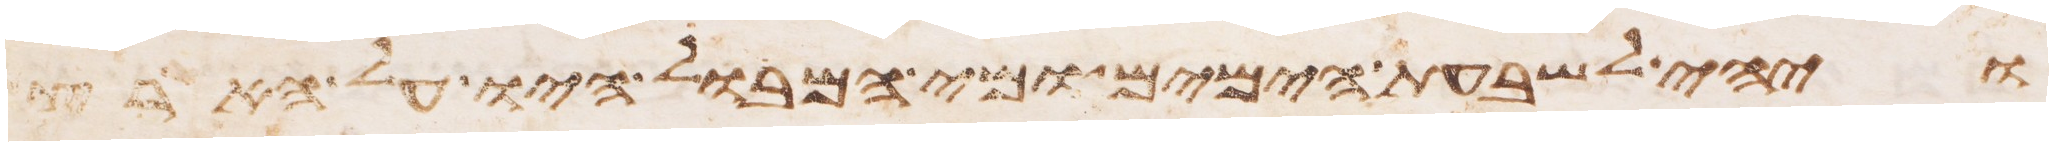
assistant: ויהי לשבעת הימים ומי המבול היו על הארץ